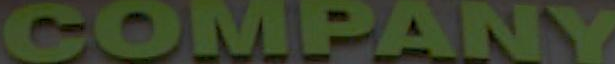
COMPANY